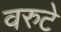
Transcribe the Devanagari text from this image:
वरुटे